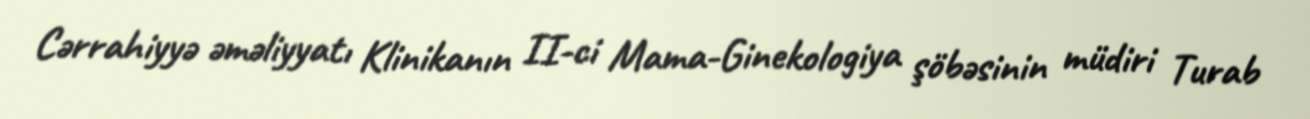
Cərrahiyyə əməliyyatı Klinikanın II-ci Mama-Ginekologiya şöbəsinin müdiri Turab